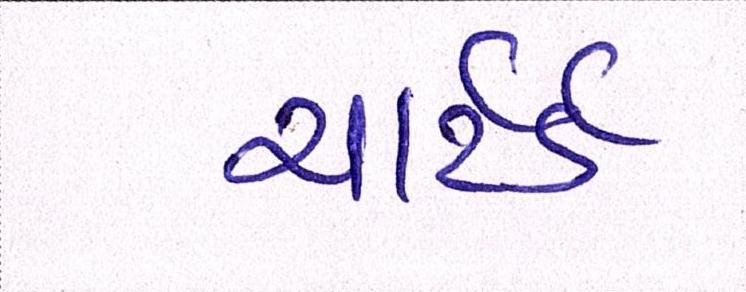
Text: ચાર્ટર્ડ